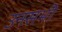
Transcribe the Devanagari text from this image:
उनसभी